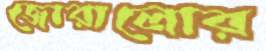
জোরালোর